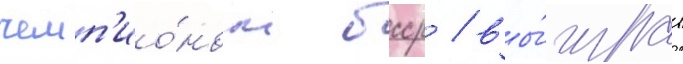
чемп'ио́ном бсср / вы́играв